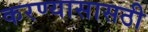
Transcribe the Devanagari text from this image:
करण्यासासठी